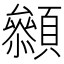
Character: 𩕞